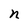
Character: n